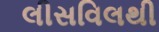
લીસવિલથી